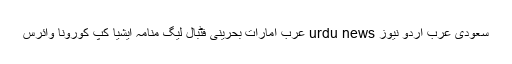
سعودی عرب اردو نیوز urdu news عرب امارات بحرینی فٹبال لیگ منامہ ایشیا کپ کورونا وائرس